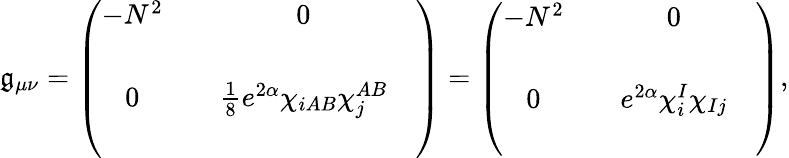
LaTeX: \mathfrak{g}_{\mu\nu}=\left(\begin{array}{cccc}{{-N^{2}}}&{{}}&{{0}}&{{}}\\ {{}}&{{}}&{{}}&{{}}\\ {{0}}&{{}}&{{\frac{1}{8}e^{2\alpha}\chi_{iAB}\chi_{j}^{AB}}}&{{}}\\ {{}}&{{}}&{{}}&{{}}\end{array}\right)=\left(\begin{array}{cccc}{{-N^{2}}}&{{}}&{{0}}&{{}}\\ {{}}&{{}}&{{}}&{{}}\\ {{0}}&{{}}&{{e^{2\alpha}\chi_{i}^{I}\chi_{Ij}}}&{{}}\\ {{}}&{{}}&{{}}&{{}}\end{array}\right),